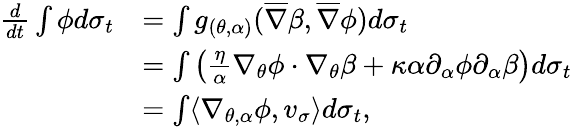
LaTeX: \begin{array}{rl}{\frac{d}{dt}\int\phi d\sigma_{t}}&{=\int g_{(\theta,\alpha)}(\overline{{\nabla}}\beta,\overline{{\nabla}}\phi)d\sigma_{t}}\\ &{=\int\left(\frac{\eta}{\alpha}\nabla_{\theta}\phi\cdot\nabla_{\theta}\beta+\kappa\alpha\partial_{\alpha}\phi\partial_{\alpha}\beta\right)d\sigma_{t}}\\ &{=\int\langle\nabla_{\theta,\alpha}\phi,v_{\sigma}\rangle d\sigma_{t},}\end{array}